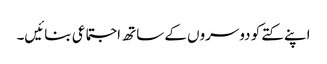
اپنے کتے کو دوسروں کے ساتھ اجتماعی بنائیں۔